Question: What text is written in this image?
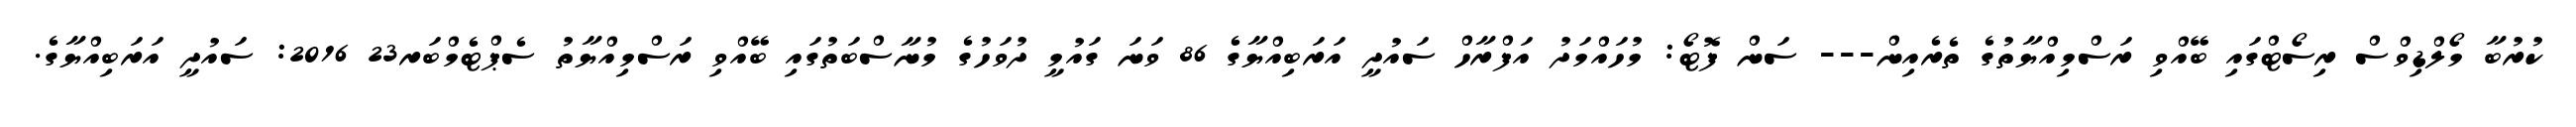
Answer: ކުރުބާ މޯލްޑިވްސް ރިސޯޓްގައި ބޭއްވި ރަސްމިއްޔާތުގެ ތެރެއިން--- ސަން ފޮޓޯ: މުހައްމަދު އަފްރާހް ސައުދީ އަރަބިއްޔާގެ 86 ވަނަ ގައުމީ ދުވަހުގެ މުނާސްބަތުގައި ބޭއްވި ރަސްމިއްޔާތު ސެޕްޓެމްބަރ23 2016: ސައުދީ އަރަބިއްޔާގެ.